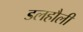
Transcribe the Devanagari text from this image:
डलहौली